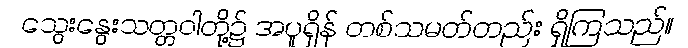
သွေးနွေးသတ္တဝါတို့၌ အပူရှိန် တစ်သမတ်တည်း ရှိကြသည်။